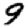
Digit: 9